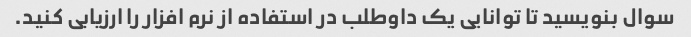
سوال بنویسید تا توانایی یک داوطلب در استفاده از نرم افزار را ارزیابی کنید.